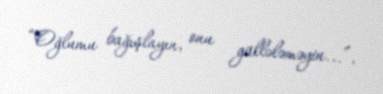
“Oğlumu bağışlayın, onu güllələməyin...”.